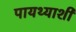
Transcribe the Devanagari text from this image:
पायथ्याशीं